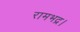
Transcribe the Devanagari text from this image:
रामभद्र।